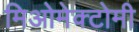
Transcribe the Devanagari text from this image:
मिओमेक्टोमी